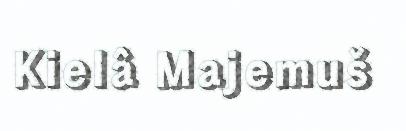
Kielâ Majemuš